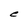
Character: e